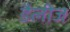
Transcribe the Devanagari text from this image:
डैलीज